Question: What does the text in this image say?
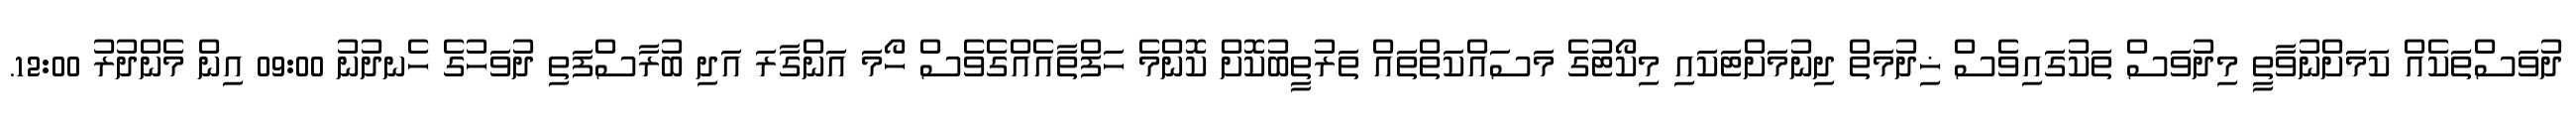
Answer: ދުވަސްތަކެއް ކަމަށްނުވާތީ މިދުވަސް ތަކުގައިވެސް ޚިދުމަތް ދިނުމަށްޓަކައި މިކޯޓުގެ މަސައްކަތްތައް ތަރުތީބުކޮށް ކޮންމެ ހަފްތާއެއްގެވެސް ހޯމަ އަންގާރަ އަދި ބުރާސްފަތި ދުވަހުގެ ހެނދުނު 09:00 އިން މެންދުރު 12:00.